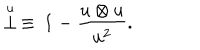
LaTeX: \stackrel { \scriptstyle u } { \bot } \, \equiv \, { \bf 1 } - \frac { u \otimes u } { u ^ { 2 } } .